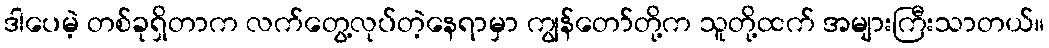
ဒါပေမဲ့ တစ်ခုရှိတာက လက်တွေ့လုပ်တဲ့နေရာမှာ ကျွန်တော်တို့က သူတို့ထက် အများကြီးသာတယ်။